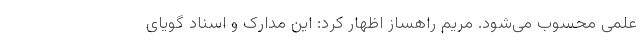
علمی محسوب می‌شود. مریم راهساز اظهار کرد: این مدارک و اسناد گویای